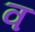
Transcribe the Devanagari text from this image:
व